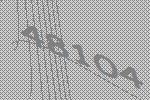
48104